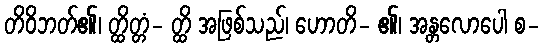
တိဝိဘတ်၏၊ တ္ထိတ္တံ- တ္ထိ အဖြစ်သည်၊ ဟောတိ- ၏၊ အန္တလောပေါ စ-